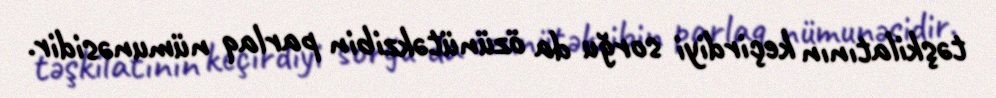
təşkilatının keçirdiyi sorğu da özünütəkzibin parlaq nümunəsidir.